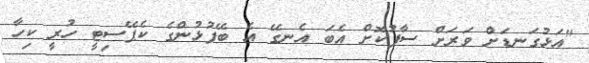
"އަޅުގަނޑަށް ވަރަށް ސާފުކޮށް އެބަ އެނގޭ އެ ބޭފުޅުންގެ ކެޕޭސިޓީ ހުރީ ކިހާ